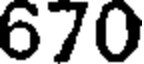
670